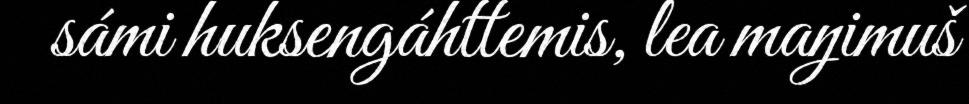
sámi huksengáhttemis, lea maŋimuš